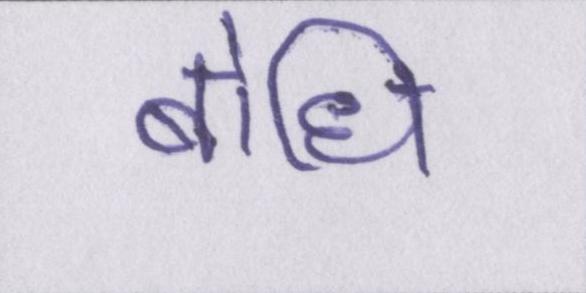
बोधि